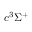
c ^ { 3 } \Sigma ^ { + }